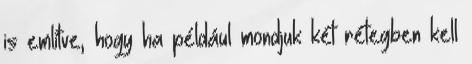
is említve, hogy ha például mondjuk két rétegben kell